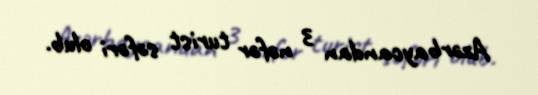
Azərbaycandan 3 nəfər turist səfəri olub.